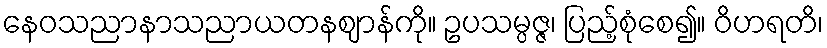
နေဝသညာနာသညာယတနဈာန်ကို။ ဥပသမ္ပဇ္ဇ၊ ပြည့်စုံစေ၍။ ဝိဟရတိ၊